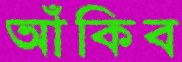
আঁকিব